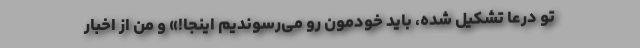
تو درعا تشکیل شده، باید خودمون رو می‌رسوندیم اینجا!» و من از اخبار